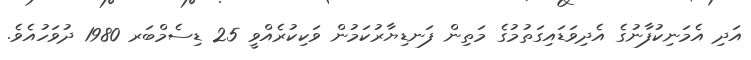
އަދި އެމަނިކުފާނުގެ އެދިވަޑައިގަތުމުގެ މަތިން ފަނޑިޔާރުކަމުން ވަކިކުރެއްވީ 25 ޑިސެމްބަރ 1980 ދުވަހުއެވެ.